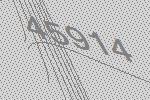
45914